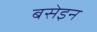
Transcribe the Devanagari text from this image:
बसेइन